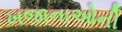
ખજાનાઓની